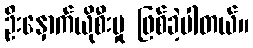
ဦးနှောက်ယိုစီးမှု ဖြစ်ခဲ့ပါတယ်။